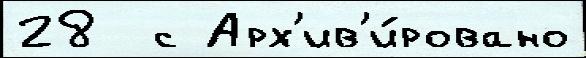
28  с Арх'ив'и́ровано